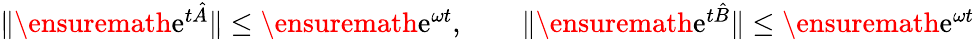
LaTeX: \begin{array}{r}{\| \ensuremath{\mathrm{e}}^{t\hat{A}}\| \leq\ensuremath{\mathrm{e}}^{\omega t},\qquad\| \ensuremath{\mathrm{e}}^{t\hat{B}}\| \le\ensuremath{\mathrm{e}}^{\omega t}}\end{array}